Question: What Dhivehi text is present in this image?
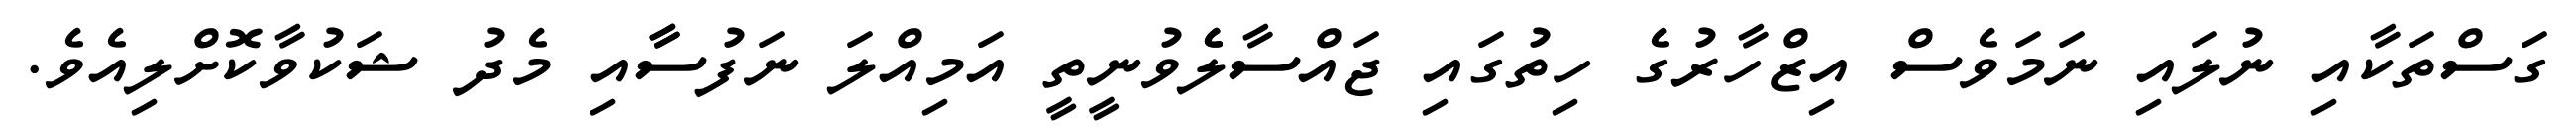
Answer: ގަސްތަކާއި ނުލައި ނަމަވެސް އިޒްހާރުގެ ހިތުގައި ޖައްސާލެެވުނީތީ އަމިއްލަ ނަފުސާާއި މެދު ޝަކުވާކޮށްލިއެވެ.